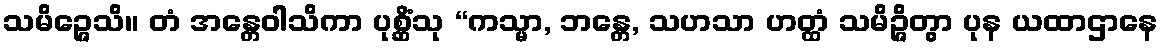
သမိဉ္ဇေသိ။ တံ အန္တေဝါသိကာ ပုစ္ဆိံသု “ကသ္မာ, ဘန္တေ, သဟသာ ဟတ္ထံ သမိဉ္ဇိတွာ ပုန ယထာဌာနေ